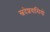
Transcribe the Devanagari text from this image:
स्वदेशवासियों